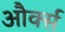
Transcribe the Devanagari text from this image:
और्क्स